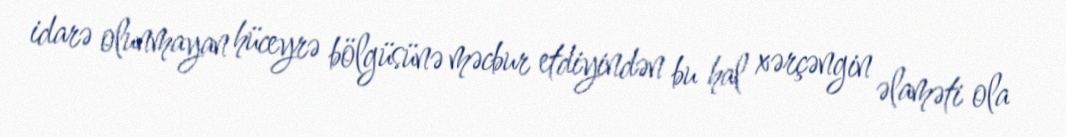
idarə olunmayan hüceyrə bölgüsünə məcbur etdiyindən bu hal xərçəngin əlaməti ola